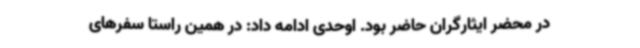
در محضر ایثارگران حاضر بود. اوحدی ادامه داد: در همین راستا سفرهای